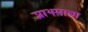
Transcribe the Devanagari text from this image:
प्लाझ्माचा